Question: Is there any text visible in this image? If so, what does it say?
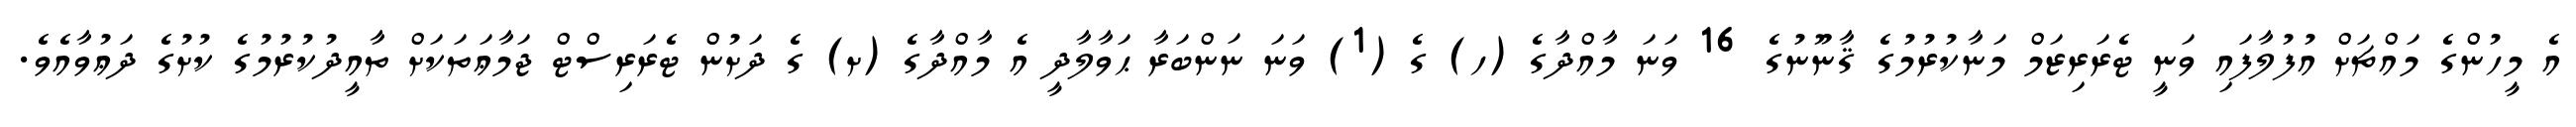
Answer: އެ މީހުންގެ މައްޗަށް އުފުލާފައި ވަނީ ޓެރަރިޒަމް މަނާކުރުމުގެ ޤާނޫނުގެ 16 ވަނަ މާއްދާގެ (ހ) ގެ (1) ވަނަ ނަންބަރާ ޙަވާލާދީ އެ މާއްދާގެ (ށ) ގެ ދަށުން ޓެރަރިސްޓް ޖަމާޢަތަކަށް ތާއީދުކުރުމުގެ ކުށުގެ ދަޢުވާއެވެ.